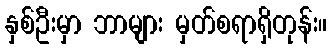
နှစ်ဦးမှာ ဘာများ မှတ်စရာရှိတုန်း။